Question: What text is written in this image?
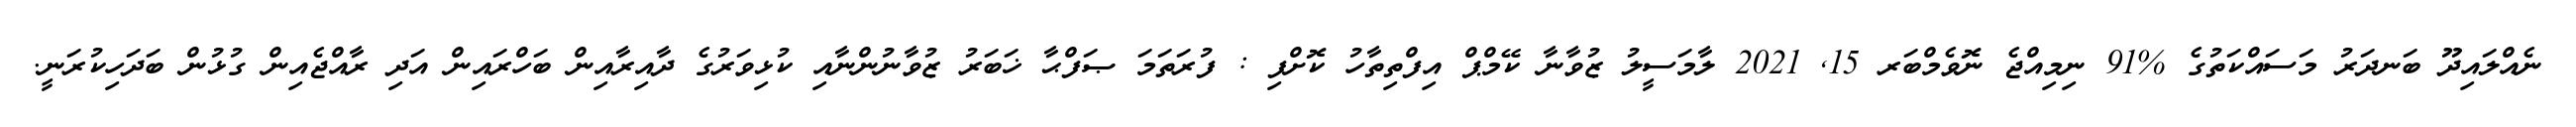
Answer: ނެއްލައިދޫ ބަނދަރު މަސައްކަތުގެ %91 ނިމިއްޖެ ނޮވެމްބަރ 15, 2021 ލާމަސީލު ޒުވާނާ ކޭމްޕް އިފްތިތާހު ކޮށްފި : ފުރަތަމަ ޞަފްޙާ ޚަބަރު ޒުވާނުންނާއި ކުޅިވަރުގެ ދާއިރާއިން ބަހްރައިން އަދި ރާއްޖެއިން ގުޅުން ބަދަހިކުރަނީ.